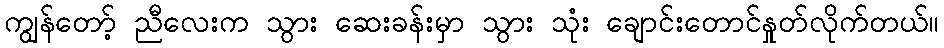
ကျွန်တော့် ညီလေးက သွား ဆေးခန်းမှာ သွား သုံး ချောင်းတောင်နှုတ်လိုက်တယ်။